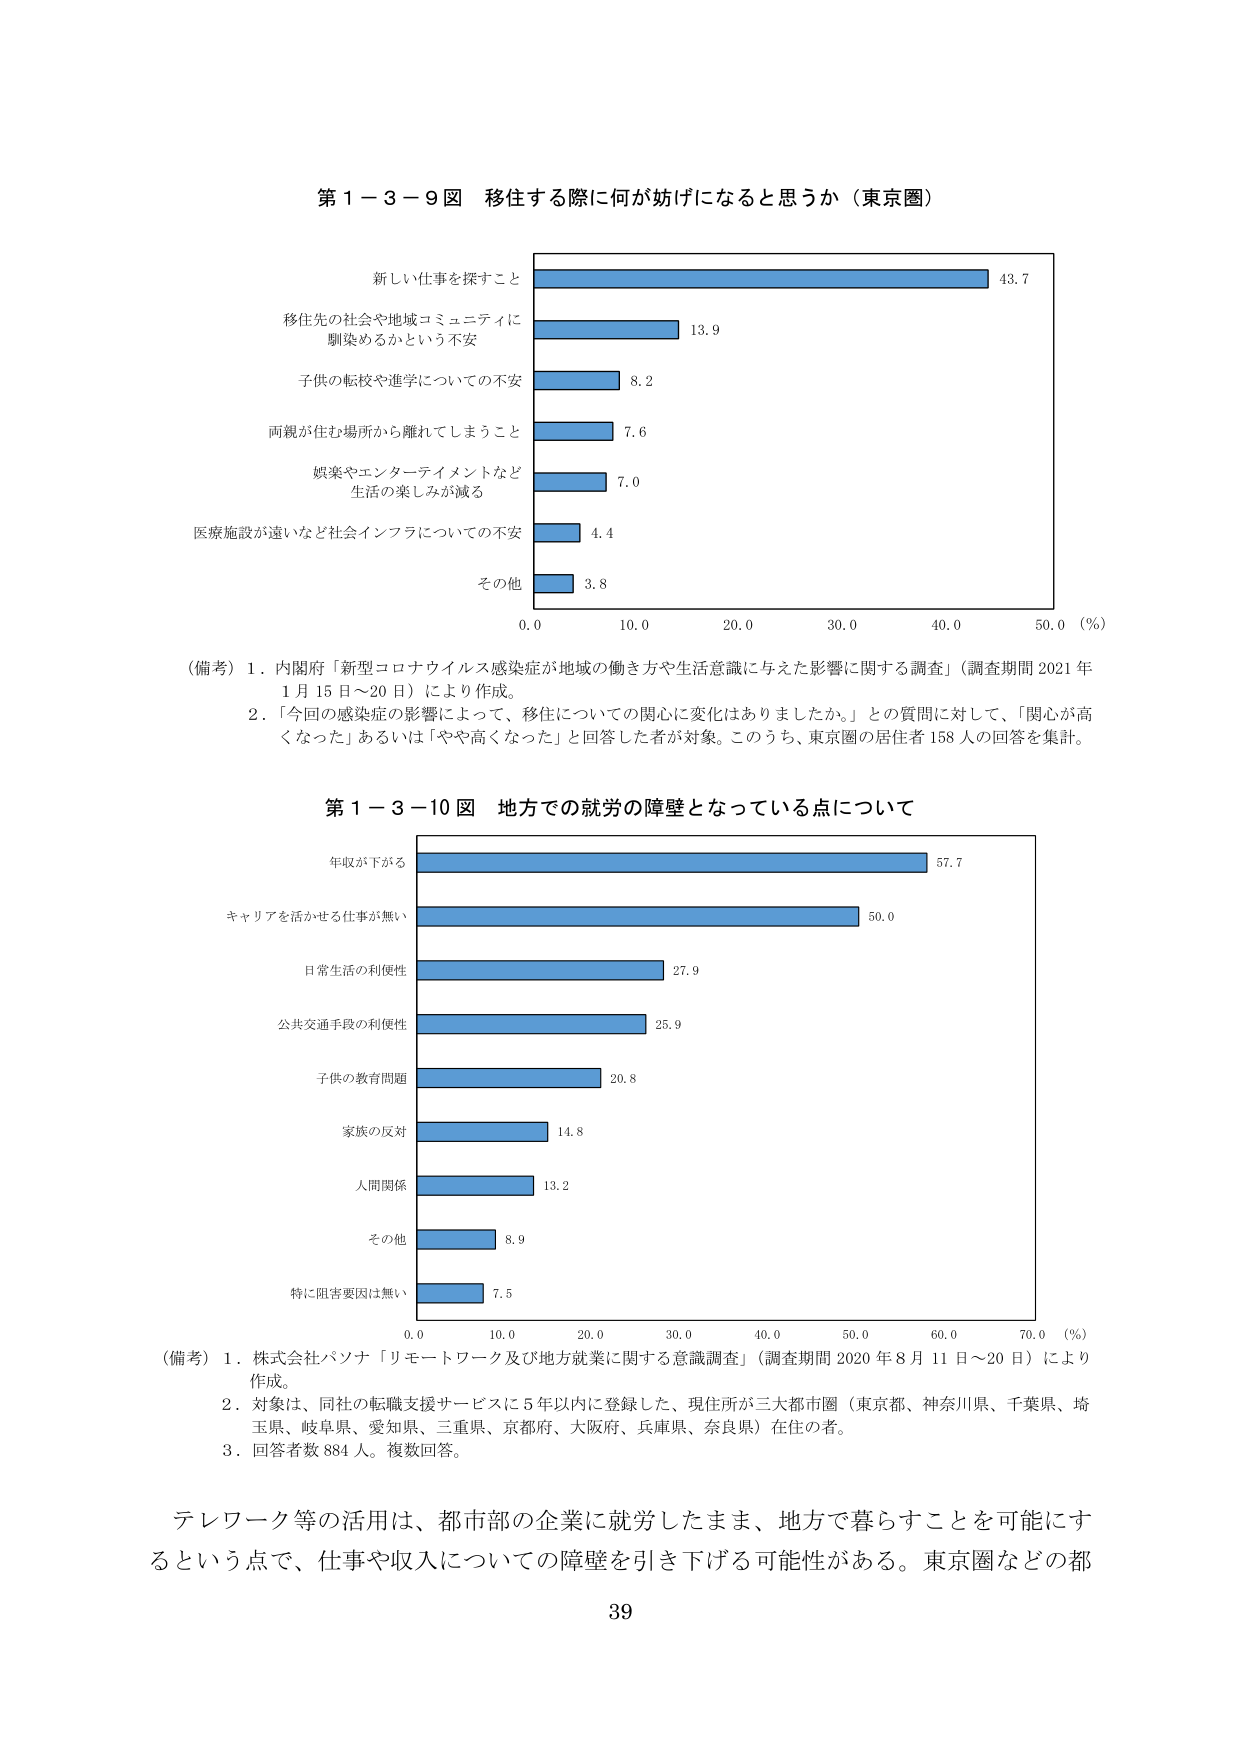
第１－３－９図 移住する際に何が妨げになると思うか（東京圏）

新しい仕事を探すこと 43.7
移住先の社会や地域コミュニティに馴染めるかという不安 13.9
子供の転校や進学についての不安 8.2
両親が住む場所から離れてしまうこと 7.6
娯楽やエンターテイメントなど生活の楽しみが減る 7.0
医療施設が遠いなど社会インフラについての不安 4.4
その他 3.8

0.0 10.0 20.0 30.0 40.0 50.0 (%)

（備考）1．内閣府「新型コロナウイルス感染症が地域の働き方や生活意識に与えた影響に関する調査」（調査期間 2021年1月15日～20日）により作成。
2．「今回の感染症の影響によって、移住についての関心に変化はありましたか。」との質問に対して、「関心が高くなった」あるいは「やや高くなった」と回答した者が対象。このうち、東京圏の居住者158人の回答を集計。

第１－３－10図 地方での就労の障壁となっている点について

年収が下がる 57.7
キャリアを活かせる仕事が無い 50.0
日常生活の利便性 27.9
公共交通手段の利便性 25.9
子供の教育問題 20.8
家族の反対 14.8
人間関係 13.2
その他 8.9
特に阻害要因は無い 7.5

0.0 10.0 20.0 30.0 40.0 50.0 60.0 70.0 (%)

（備考）1．株式会社パソナ「リモートワーク及び地方就業に関する意識調査」（調査期間 2020年8月11日～20日）により作成。
2．対象は、同社の転職支援サービスに5年以内に登録した、現住所が三大都市圏（東京都、神奈川県、千葉県、埼玉県、岐阜県、愛知県、三重県、京都府、大阪府、兵庫県、奈良県）在住の者。
3．回答者数884人。複数回答。

テレワーク等の活用は、都市部の企業に就労したまま、地方で暮らすことを可能にするという点で、仕事や収入についての障壁を引き下げる可能性がある。東京圏などの都

39